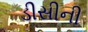
ડીસીની